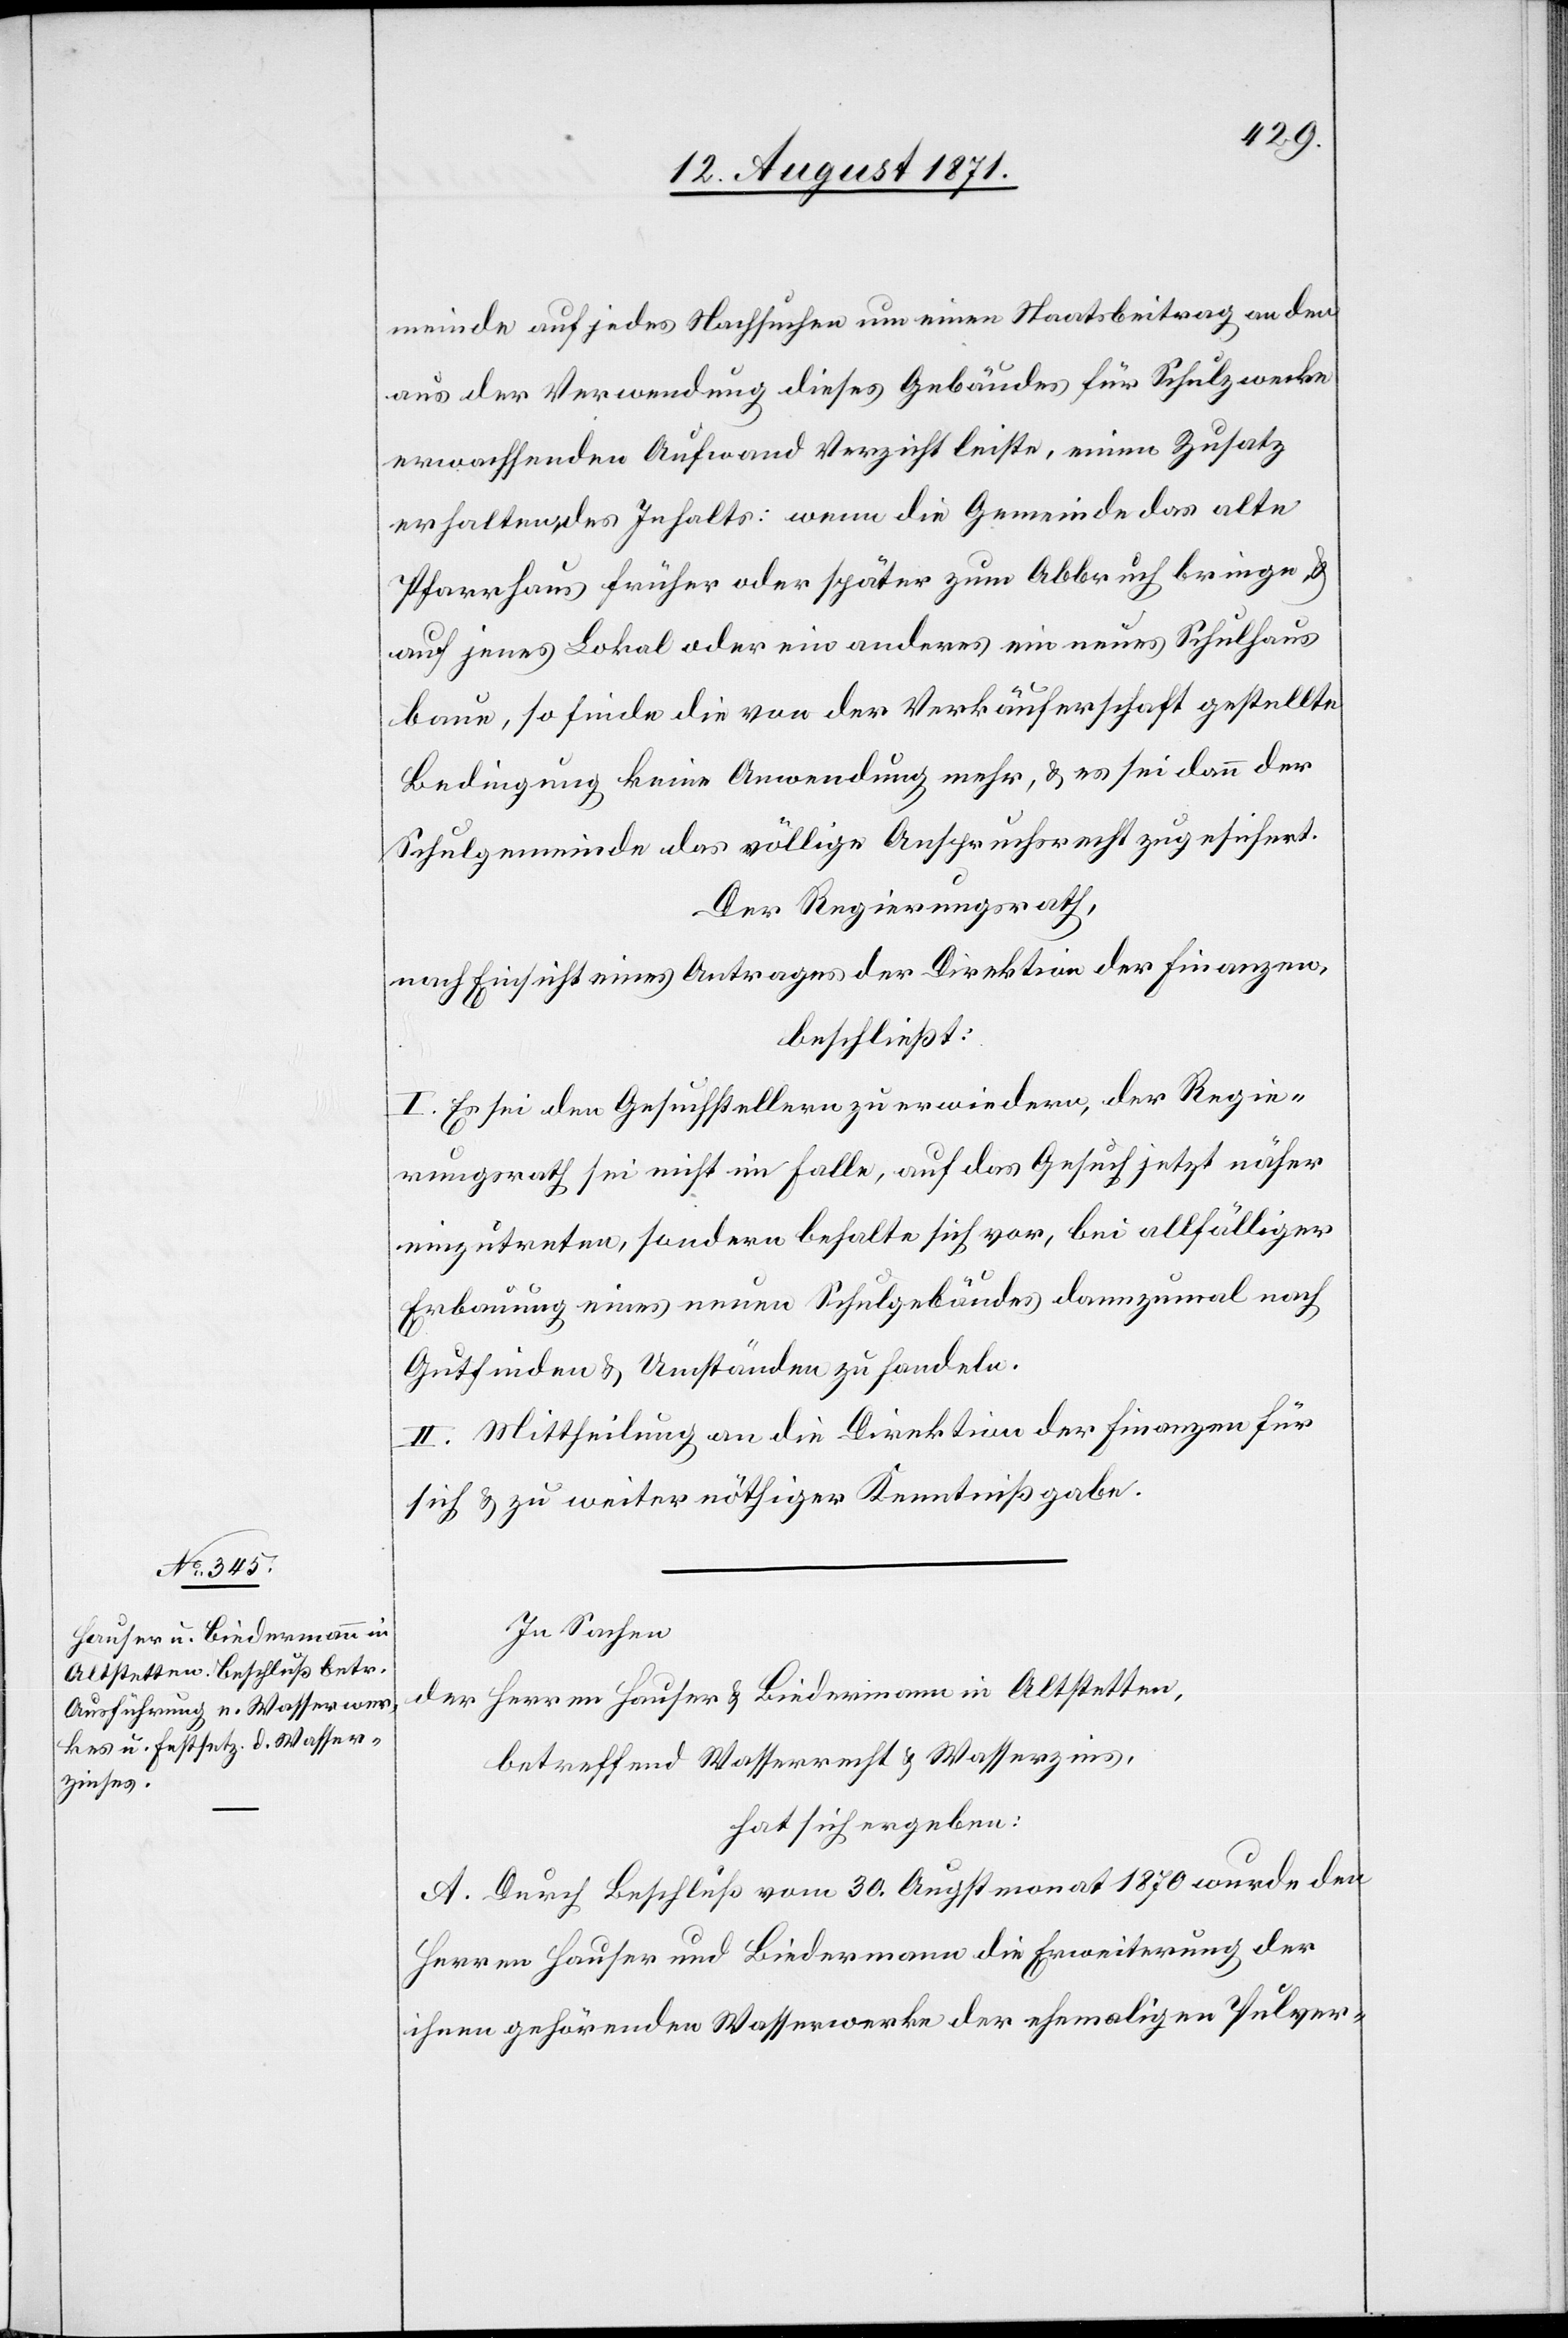
meinde auf jedes Nachsuchen um einen Staatsbeitrag an den
aus der Verwendung dieses Gebäudes für Schulzwecke
erwachsenden Aufwand Verzicht leiste, einen Zusatz
erhalten, des Inhalts: wenn die Gemeinde das alte
Pfarrhaus früher oder später zum Abbruch bringen &
auf jenes Lokal oder ein anderes ein neues Schulhaus
baue, so finde die von der Verkäuferschaft gestellte
Bedingung keine Anwendung mehr, & es sei dann der
Schulgemeinde das völlige Anspruchsrecht zugesichert.
Der Regierungsrath,
nach Einsicht eines Antrages der Direktion der Finanzen,
beschließt:
I. Es sei den Gesuchstellern zu erwiedern, der Regie¬
rungsrath sei nicht im Falle, auf das Gesuch jetzt näher
einzutreten, sondern behalte sich vor, bei allfälliger
Erbauung eines neuen Schulgebäudes dannzumal nach
Gutfinden & Umständen zu handeln.
II. Mittheilung an die Direktion der Finanzen für
sich & zu weiter nöthiger Kenntnißgabe.
In Sachen
der Herren Hauser & Biedermann in Altstetten,
betreffend Wasserrecht & Wasserzins,
hat sich ergeben:
A. Durch Beschluß vom 30. Augstmonat 1870 wurde den
Herren Hauser und Biedermann die Erweiterung der
ihnen gehörenden Wasserwerke der ehemaligen Pulver-